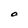
Character: O